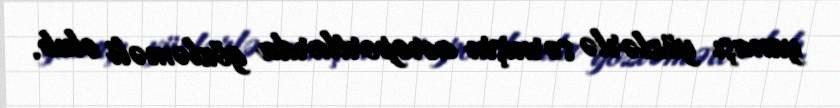
yanaşı yüzlərlə sərnişin aeroportlarda gözləməli olub.